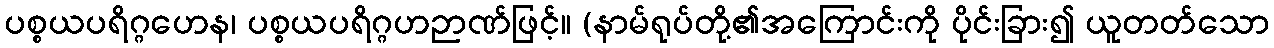
ပစ္စယပရိဂ္ဂဟေန၊ ပစ္စယပရိဂ္ဂဟဉာဏ်ဖြင့်။ (နာမ်ရုပ်တို့၏အကြောင်းကို ပိုင်းခြား၍ ယူတတ်သော